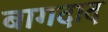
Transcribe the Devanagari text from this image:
बागदाद